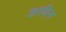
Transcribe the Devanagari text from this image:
डरविन